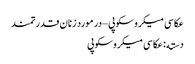
عکاسی میکروسکوپی – در مورد زنان قدرتمند
دسته: عکاسی میکروسکوپی